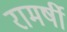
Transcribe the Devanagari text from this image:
रामर्षी